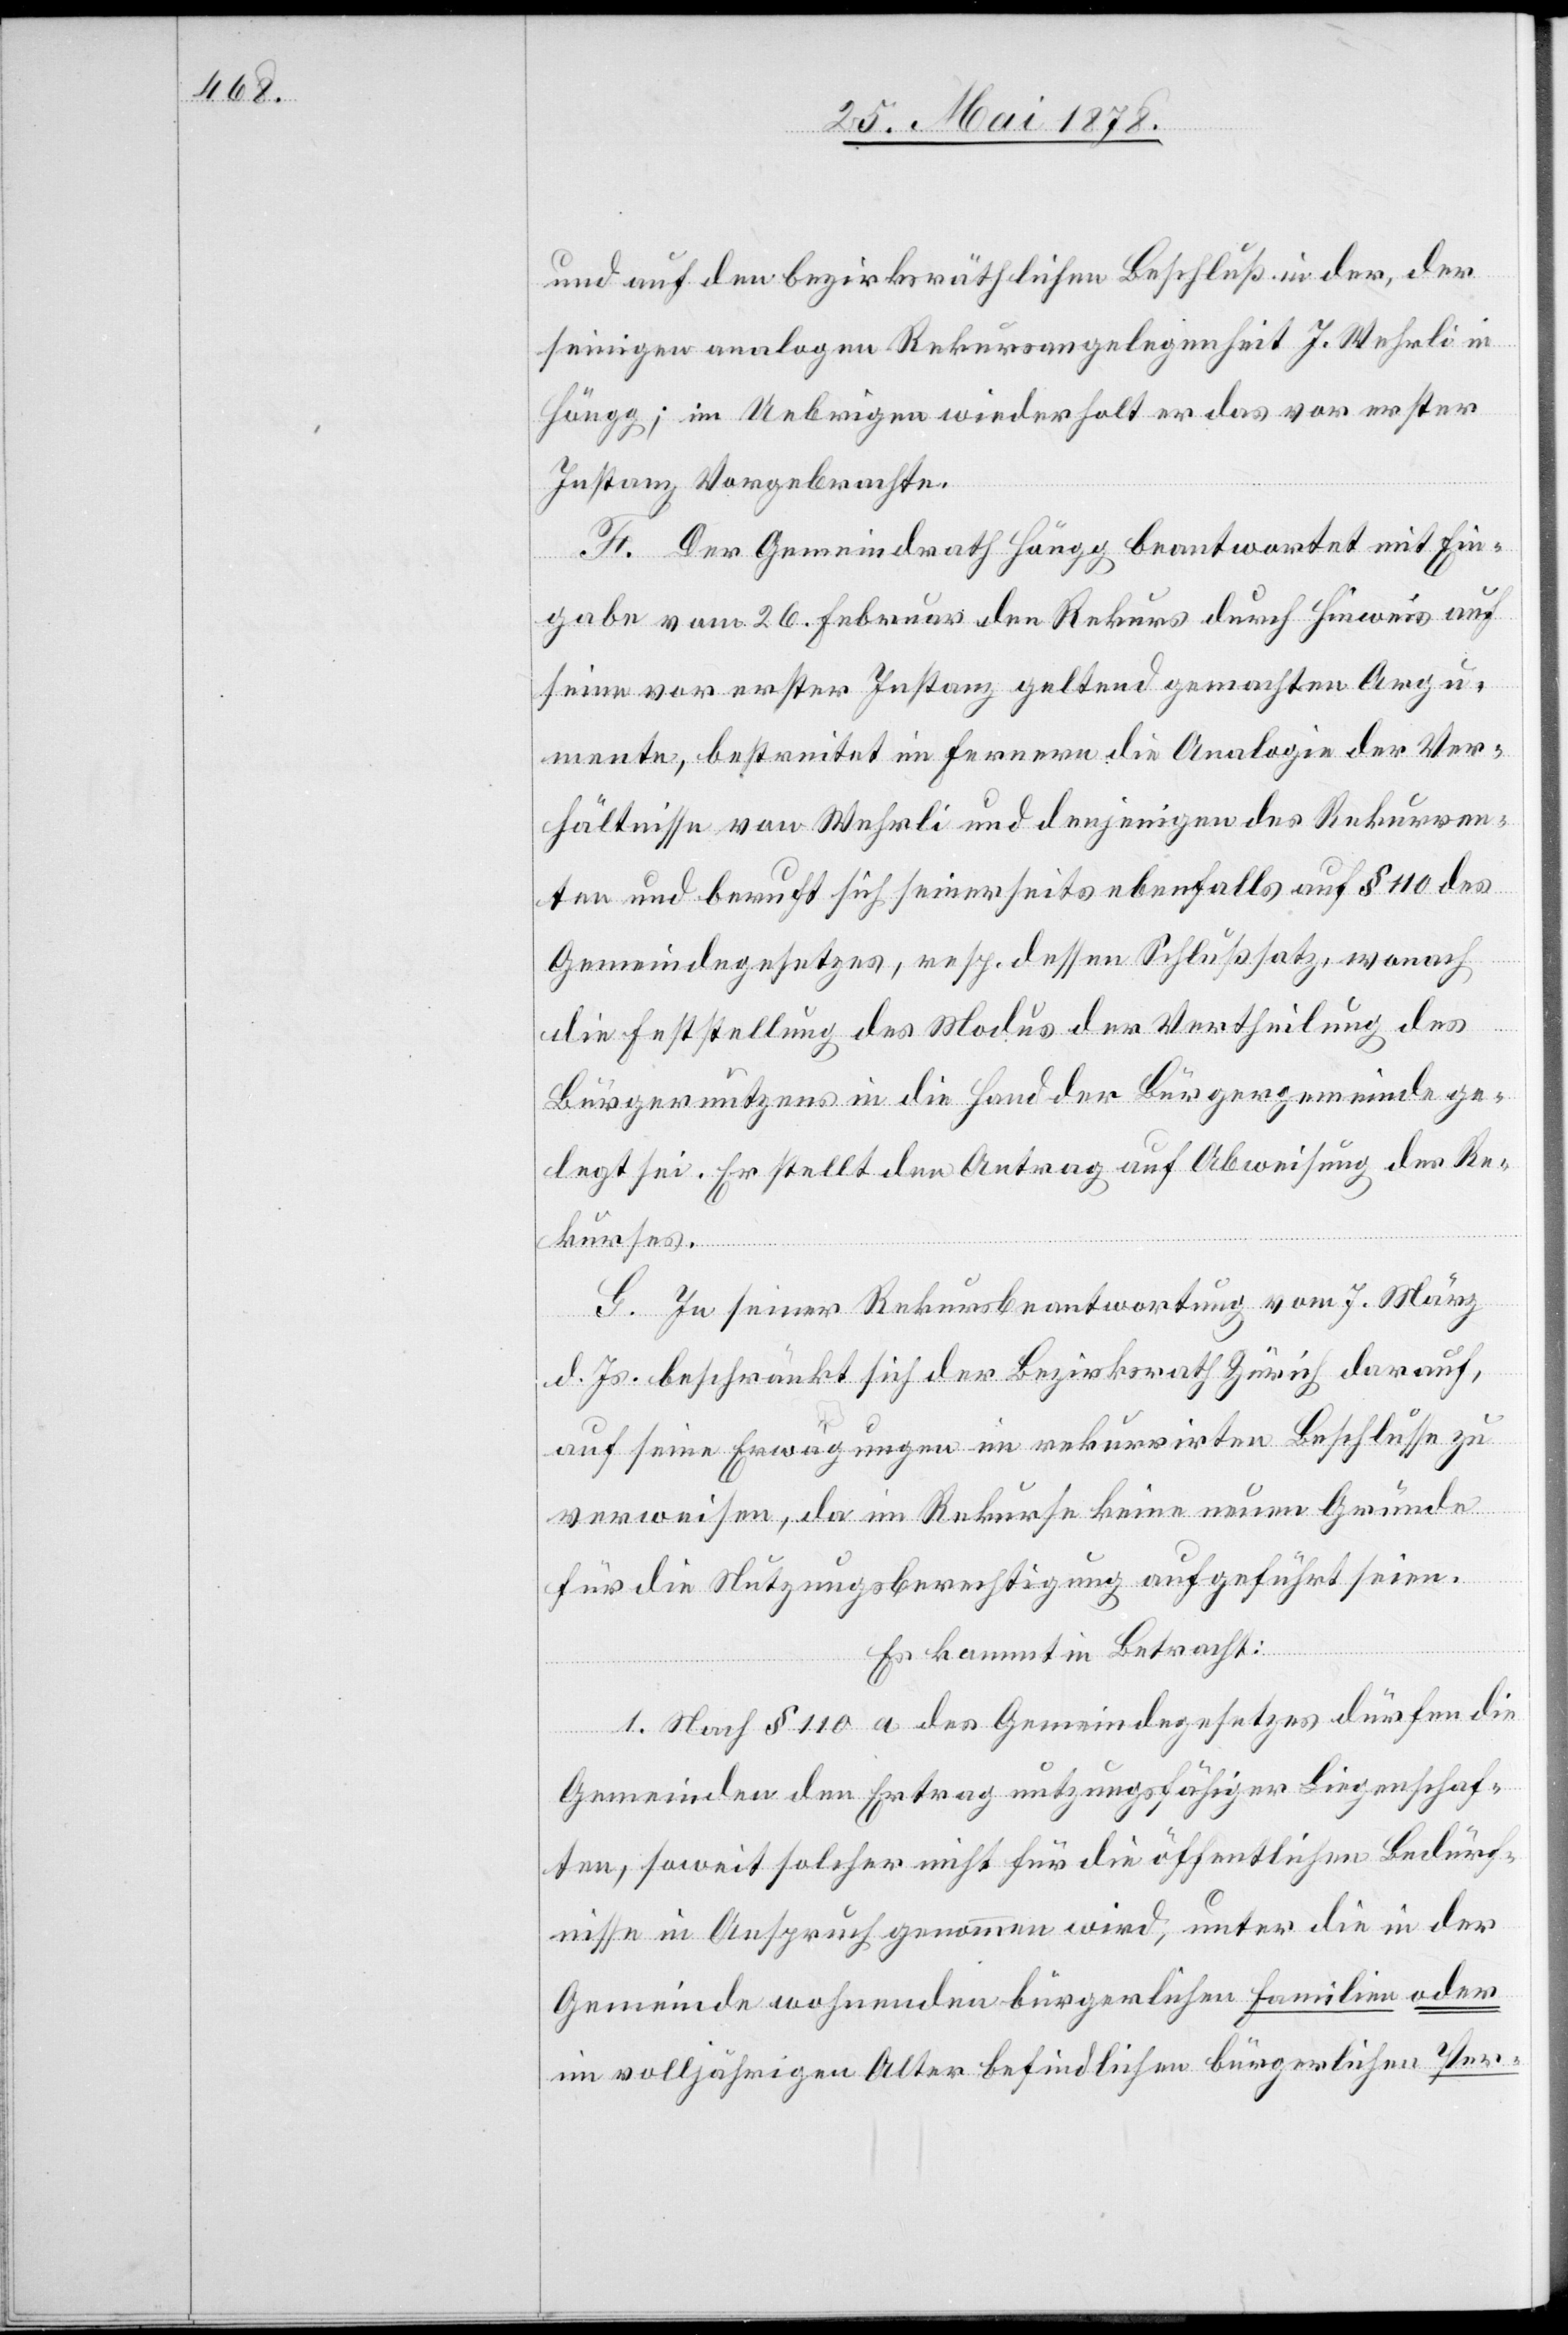
und auf den bezirksräthlichen Beschluß in der, der
seinigen analogen Rekursangelegenheit J. Wehrli in
Höngg; im Uebrigen wiederholt er das vor erster
Instanz Vorgebrachte.
F. Der Gemeindrath Höngg beantwortet mit Ein¬
gabe vom 26. Februar den Rekurs durch Hinweis auf
seine vor erster Instanz geltend gemachten Argu¬
mente, bestreitet im Fernern die Analogie der Ver¬
hältnisse von Wehrli und denjenigen des Rekurren¬
ten und beruft sich seinerseits ebenfalls auf § 110 des
Gemeindegesetzes, resp. dessen Schlußsatz, wonach
die Feststellung des Modus der Vertheilung des
Bürgernutzens in die Hand der Bürgergemeinde ge¬
legt sei. Er stellt den Antrag auf Abweisung des Re¬
kurses.
G. In seiner Rekursbeantwortung vom 7. März
d. Js. beschränkt sich der Bezirksrath Zürich darauf,
auf seine Erwägungen im rekurrirten Beschlusse zu
verweisen, da im Rekurse keine neuen Gründe
für die Nutzungsberechtigung aufgeführt seien.
Es kommt in Betracht:
1. Nach § 110 a des Gemeindegesetzes dürfen die
Gemeinden den Ertrag nutzungsfähiger Liegenschaf¬
ten, soweit solcher nicht für die öffentlichen Bedürf¬
nisse in Anspruch genommen wird, unter die in der
Gemeinde wohnenden bürgerlichen Familien oder
im volljährigen Alter befindlichen bürgerlichen Per-